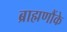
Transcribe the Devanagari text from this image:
ब्राह्मणौंके